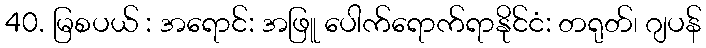
40. မြစပယ် : အရောင်: အဖြူ ပေါက်ရောက်ရာနိုင်ငံ: တရုတ်၊ ဂျပန်